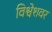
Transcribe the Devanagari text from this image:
विश्वेशवर